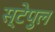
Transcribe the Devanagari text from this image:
स्टेपुल